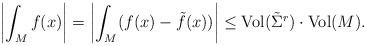
LaTeX: \begin{align*}\left|\int_M f(x)\right|=\left|\int_M (f(x)-\tilde f(x))\right|\leq {\rm Vol}(\tilde\Sigma^r)\cdot {\rm Vol}(M).\end{align*}